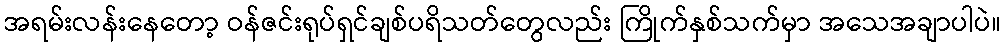
အရမ်းလန်းနေတော့ ဝန်ဇင်းရုပ်ရှင်ချစ်ပရိသတ်တွေလည်း ကြိုက်နှစ်သက်မှာ အသေအချာပါပဲ။